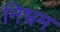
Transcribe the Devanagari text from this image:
निभ्रम